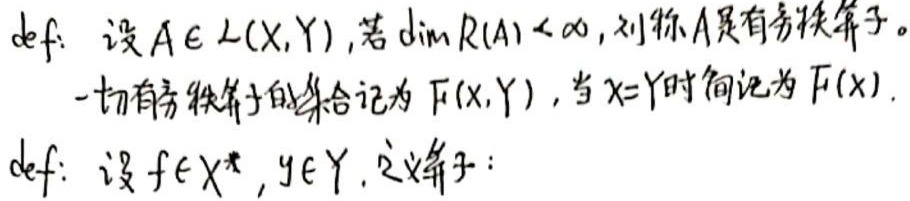
def: 设 $A\in L(X,Y)$，若 $\dim R(A)<\infty$，则称 $A$ 是有穷秩算子。一切有穷秩算子的集合记为 $F(X,Y)$，当 $X = Y$ 时简记为 $F(X)$。

def: 设 $f\in X^{*},y\in Y$，定义算子：